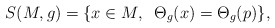
\begin{align*} S(M,g)=\{x\in M,\;\; \Theta_g(x) = \Theta_g(p)\},\end{align*}